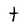
Character: t